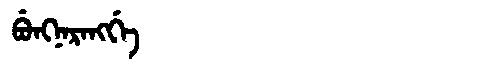
Manchu: ᠪᡠᠩᠨᠠᡵᠠᠩᡤᡝ
Romanization: BUNGNARANGGE